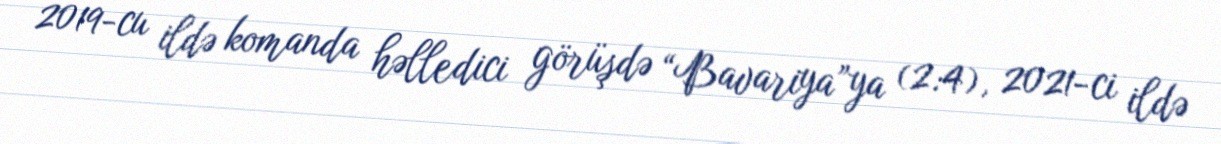
2019-cu ildə komanda həlledici görüşdə “Bavariya”ya (2:4), 2021-ci ildə